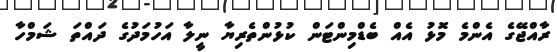
ރާއްޖޭގެ އެންމެ މޮޅު އެއް ބެޑްމިންޓަން ކުޅުންތެރިޔާ ނީލާ އަހުމަދުގެ ދައްތަ ޝަމްހާ